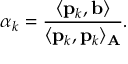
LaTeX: \alpha _ { k } = { \frac { \langle \mathbf { p } _ { k } , \mathbf { b } \rangle } { \langle \mathbf { p } _ { k } , \mathbf { p } _ { k } \rangle _ { \mathbf { A } } } } .